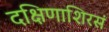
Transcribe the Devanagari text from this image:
दक्षिणाशिरसं